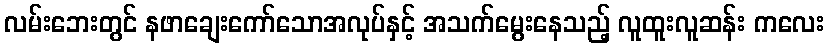
လမ်းဘေးတွင် နဖာချေးကော်သောအလုပ်နှင့် အသက်မွေးနေသည့် လူထူးလူဆန်း ကလေး